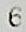
6